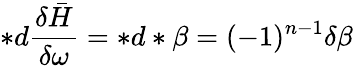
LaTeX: \ast d\frac{\delta\bar{H}}{\delta\omega}=\ast d\ast\beta=(-1)^{n-1}\delta\beta